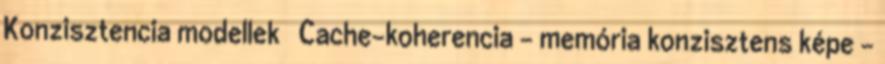
Konzisztencia modellek ● Cache-koherencia – memória konzisztens képe –